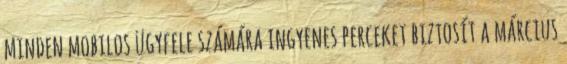
minden mobilos ügyfele számára ingyenes perceket biztosít a március